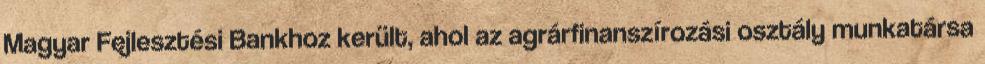
Magyar Fejlesztési Bankhoz került, ahol az agrárfinanszírozási osztály munkatársa